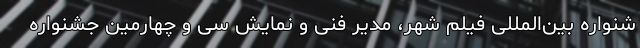
شنواره بین‌المللی فیلم شهر، مدیر فنی و نمایش سی و چهارمین جشنواره